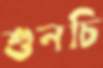
শুনচি